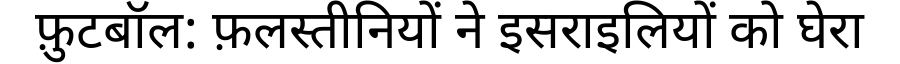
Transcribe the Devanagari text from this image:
फ़ुटबॉल: फ़लस्तीनियों ने इसराइलियों को घेरा